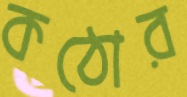
কঠোর